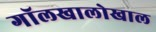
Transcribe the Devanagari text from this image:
गॉलखालोखाल